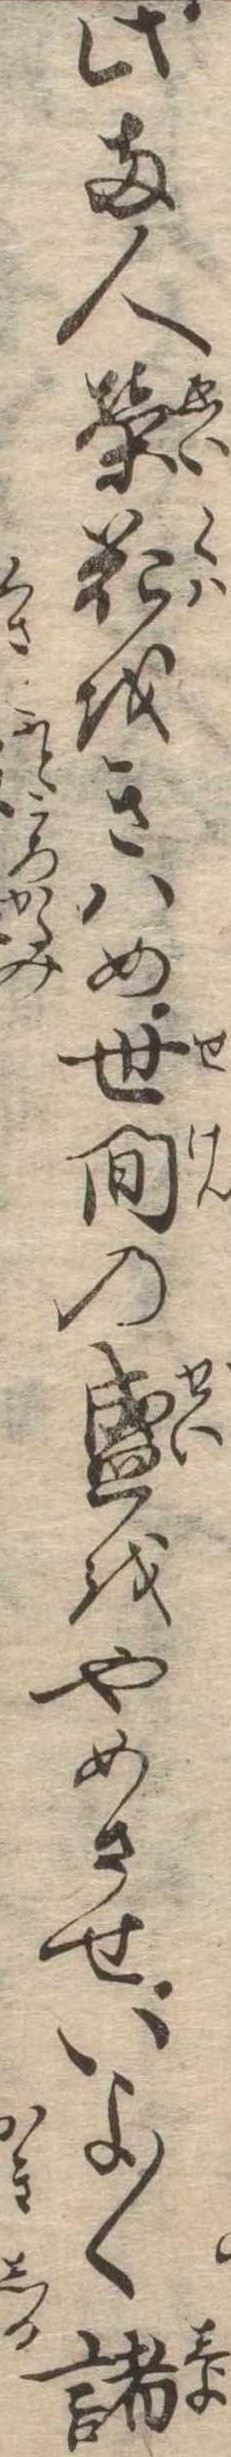
此両人栄花をきはめ世間の盛をやめさせいよ〱諸